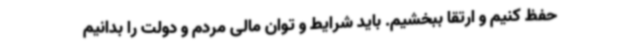
حفظ کنیم و ارتقا ببخشیم. باید شرایط و توان مالی مردم و دولت را بدانیم